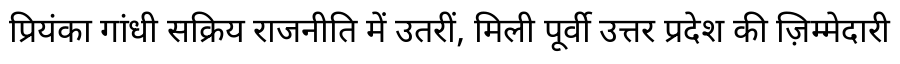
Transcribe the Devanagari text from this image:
प्रियंका गांधी सक्रिय राजनीति में उतरीं, मिली पूर्वी उत्तर प्रदेश की ज़िम्मेदारी